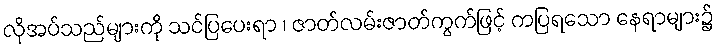
လိုအပ်သည်များကို သင်ပြပေးရာ ၊ ဇာတ်လမ်းဇာတ်ကွက်ဖြင့် ကပြရသော နေရာများ၌